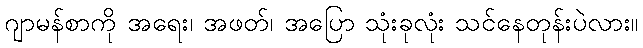
ဂျာမန်စာကို အရေး၊ အဖတ်၊ အပြော သုံးခုလုံး သင်နေတုန်းပဲလား။